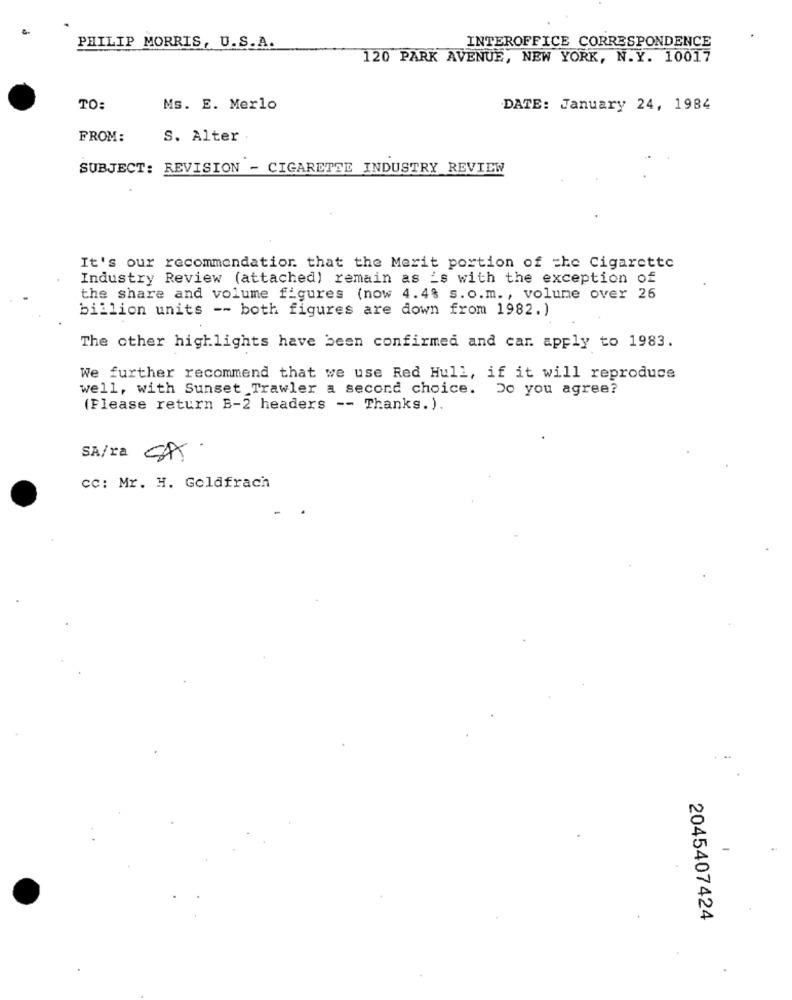
INTEROFFICE CORRESPONDENCE
PHILIP MORRIS, U.S.A.
120 PARK AVENUE, NEW YORK, N.Y. 10017
TO:
Ms. E. Merlo
DATE: January 24, 1984
FROM:
S. Alter
SUBJECT: REVISION - CIGARETTE INDUSTRY REVIEW
It's our recommendation that the Merit portion of che Cigarette
Industry Review (attached) remain as _s with the exception of
the share and volume figures (now 4.4% s. o.m ., volume over 26
billion units -- both figures are down from 1982.)
The other highlights have been confirmed and car apply to 1983.
We further recommend that we use Red Hull, if it will reproduce
well, with Sunset Trawler a second choice. Do you agree?
(Please return B-2 headers -- Thanks.).
SA/ra SA.
cc: Mr. H. Goldfrach
2045407424